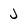
Character: J